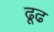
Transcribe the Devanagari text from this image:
ढूढ